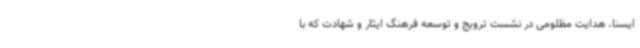
ایسنا، هدایت مظلومی در نشست ترویج و توسعه فرهنگ ایثار و شهادت که با